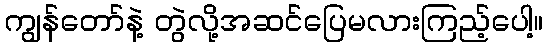
ကျွန်တော်နဲ့ တွဲလို့အဆင်ပြေမလားကြည့်ပေါ့။